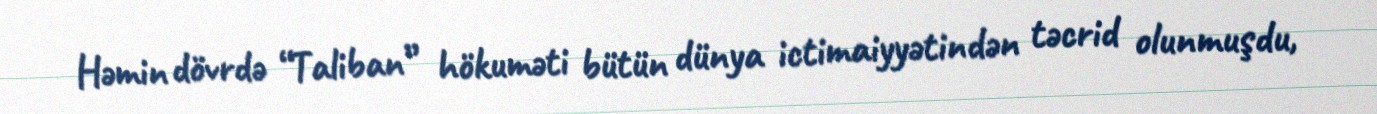
Həmin dövrdə “Taliban” hökuməti bütün dünya ictimaiyyətindən təcrid olunmuşdu,